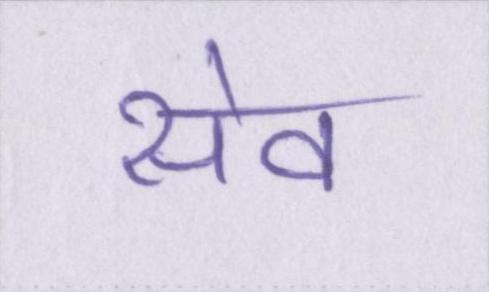
सेव